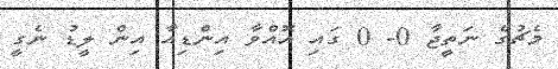
މެޗުގެ ނަތީޖާ 0- 0 ގައި އޮއްވާ އިންޑިއާ އިން ލީޑު ނެގީ